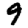
Digit: 9